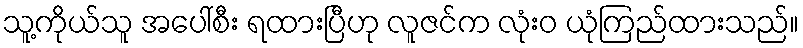
သူ့ကိုယ်သူ အပေါ်စီး ရထားပြီဟု လူဇင်က လုံးဝ ယုံကြည်ထားသည်။